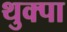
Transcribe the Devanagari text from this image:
थुक्पा